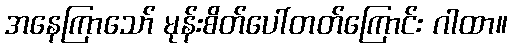
အနေကြာသော် မုန်းစိတ်ပေါ်တတ်ကြောင်း ဂါထာ။